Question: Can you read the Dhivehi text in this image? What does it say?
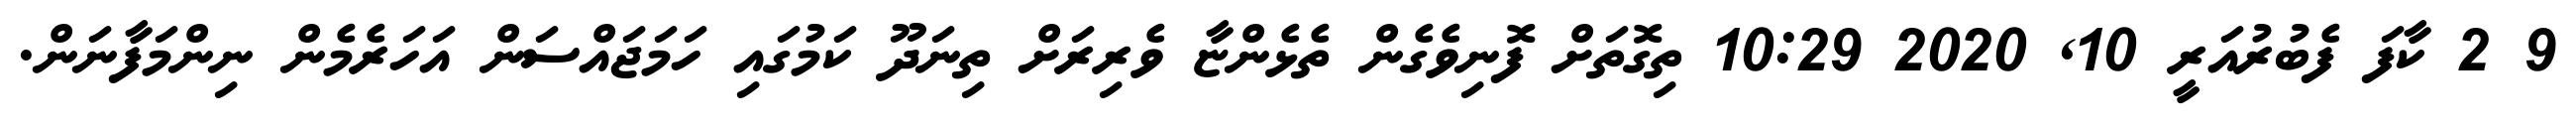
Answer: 9 2 ކާފަ ފެބުރުއަރީ 10, 2020 10:29 ތިގޮތަށް ފޮނިވެގެން ތެޅެންޏާ ވެރިރަށް ތިނަދޫ ކަމުގައި ހަމަޖައްސަން އަހަރެމެން ނިންމަފާނަން.